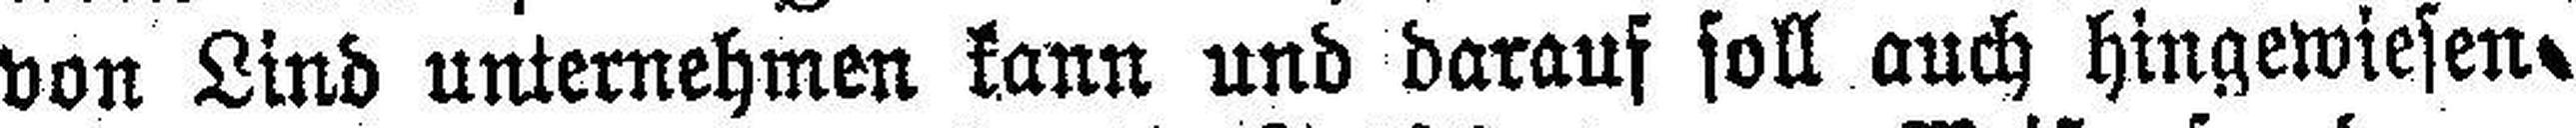
von Lind unternehmen kann und darauf soll auch hingewiesen